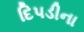
દિપડીના